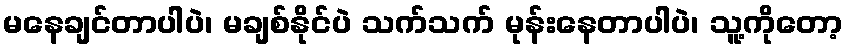
မနေချင်တာပါပဲ၊ မချစ်နိုင်ပဲ သက်သက် မုန်းနေတာပါပဲ၊ သူ့ကိုတော့